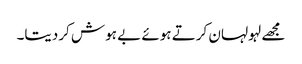
مجھے لہولہان کرتے ہوئے بے ہوش کردیتا۔